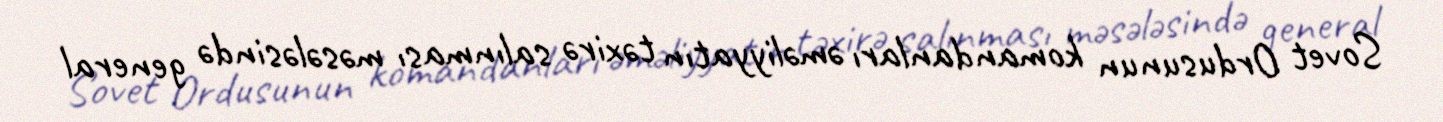
Sovet Ordusunun komandanları əməliyyatın təxirə salınması məsələsində general